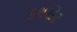
કથરોટ